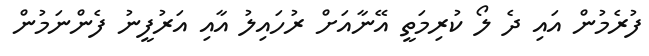
ފުރެމުން އައި ދެ ލޯ ކުރިމަތީ އޭނާއަށް ރުހައިލު އާއި އަރުފީނު ފެންނަމުން